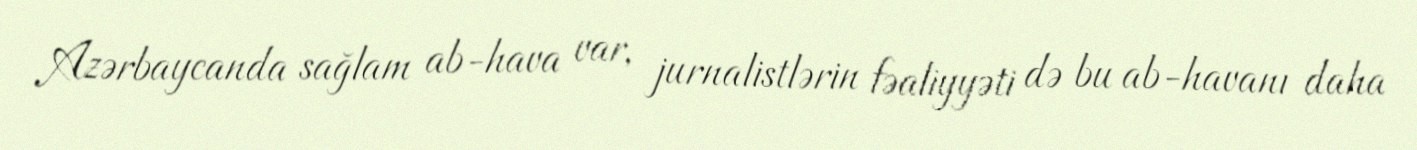
Azərbaycanda sağlam ab-hava var, jurnalistlərin fəaliyyəti də bu ab-havanı daha